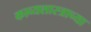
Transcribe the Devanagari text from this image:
काव्यशास्त्राच्या